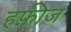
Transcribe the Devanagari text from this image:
हफ़ीज